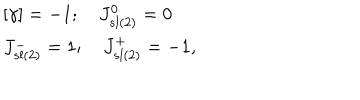
LaTeX: \begin{array} { l c r } { { \lbrack \gamma \rbrack = - 1 ; \quad J _ { s l ( 2 ) } ^ { 0 } = 0 } } \\ { { J _ { s l ( 2 ) } ^ { - } = 1 ; \quad J _ { s l ( 2 ) } ^ { + } = - 1 , } } \\ \end{array}